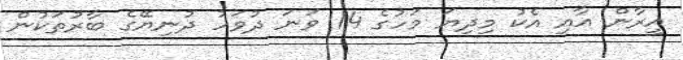
އީރާން އާއި އެކު މިދިޔަ މަހުގެ 14 ވަނަ ދުވަހު ދުނިޔޭގެ ބާރުތަކުން